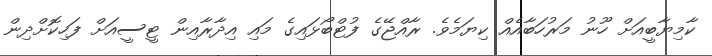
ކާމިޔާބީއަށް ހޫނު މަރުހަބާއެއް ކިޔަމެވެ. ރާއްޖޭގެ ފުޓްބޯޅައިގެ މައި އިދާރާއިން ޓީސީއަށް ފަހިކޮށްދިން